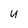
Character: U